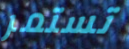
تستمر